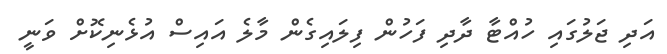
އަދި ޖަލުގައި ހުއްޓާ ދާދި ފަހުން ފިލައިގެން މާލެ އައިސް އުޅެނިކޮށް ވަނީ